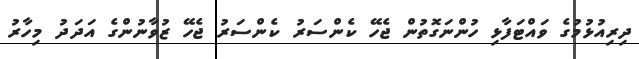
ދިރިއުޅުމުގެ ވައްޓަފާޅި ހުންނަގޮތުން ޖެހޭ ކެންސަރު ކެންސަރު ޖެހޭ ޒުވާނުންގެ އަދަދު މިހާރު